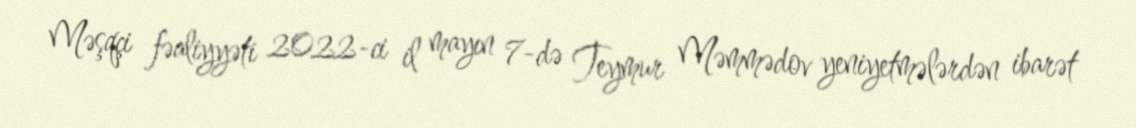
Məşqçi fəaliyyəti 2022-ci il mayın 7-də Teymur Məmmədov yeniyetmələrdən ibarət